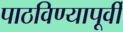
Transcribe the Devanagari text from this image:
पाठविण्यापूर्वी